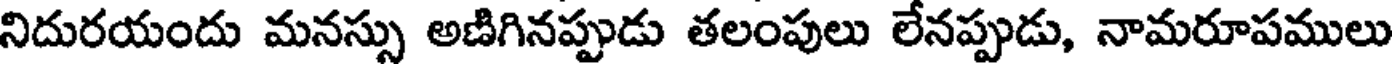
నిదురయందు మనస్సు అణిగినప్పుడు తలంపులు లేనప్పుడు, నామరూపములు